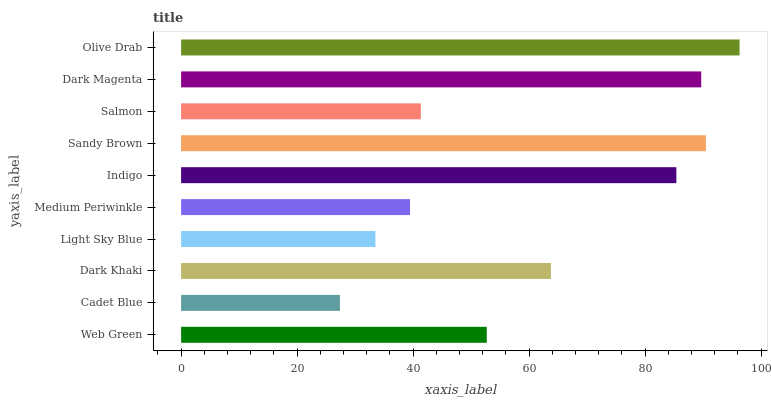
| yaxis_label | bars |
 | --- | --- |
 | Web Green | 52.7 |
 | Cadet Blue | 27.4 |
 | Dark Khaki | 63.8 |
 | Light Sky Blue | 33.5 |
 | Medium Periwinkle | 39.5 |
 | Indigo | 85.4 |
 | Sandy Brown | 90.5 |
 | Salmon | 41.3 |
 | Dark Magenta | 89.7 |
 | Olive Drab | 96.3 |